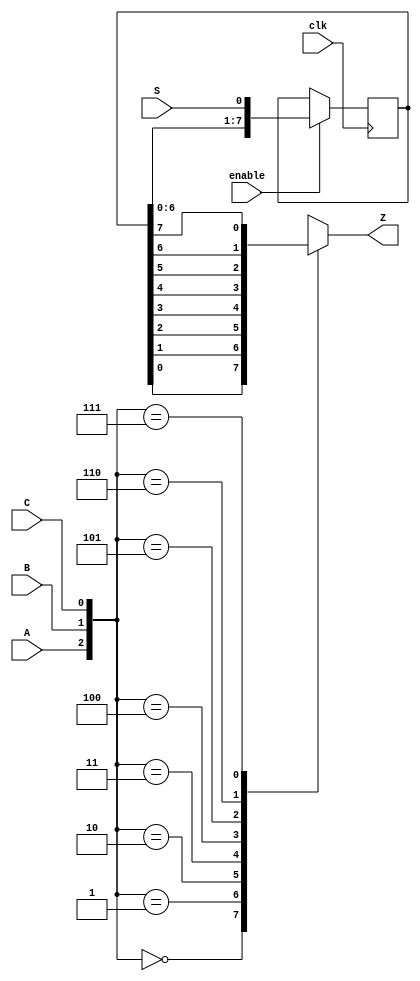
module top_module (
    input clk,
    input enable,
    input S,
    input A, B, C,
    output Z
);
    
    reg [7:0] shift_reg;   
    
    always @(posedge clk) begin
        if (enable) begin
            shift_reg <= {shift_reg[6:0], S}; // Shift left and input S into LSB
        end
    end
        
    wire [2:0] sel = {A, B, C};
       
    always @(*) begin
        case (sel)
            3'b000: Z = shift_reg[0];
            3'b001: Z = shift_reg[1];
            3'b010: Z = shift_reg[2];
            3'b011: Z = shift_reg[3];
            3'b100: Z = shift_reg[4];
            3'b101: Z = shift_reg[5];
            3'b110: Z = shift_reg[6];
            3'b111: Z = shift_reg[7];
            default: Z = 1'b0; // Default case to avoid latches
        endcase
    end
    
endmodule